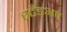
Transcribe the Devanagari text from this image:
स्टँडअप